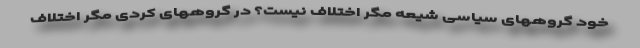
خود گروههای سیاسی شیعه مگر اختلاف نیست؟ در گروههای کردی مگر اختلاف